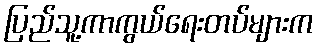
ပြည်သူ့ကာကွယ်ရေးတပ်များက